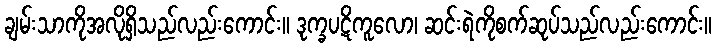
ချမ်းသာကိုအလိုရှိသည်လည်းကောင်း။ ဒုက္ခပဋိကူလော၊ ဆင်းရဲကိုစက်ဆုပ်သည်လည်းကောင်း။